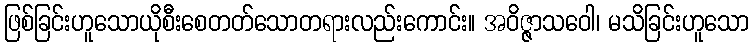
ဖြစ်ခြင်းဟူသောယိုစီးစေတတ်သောတရားလည်းကောင်း။ အဝိဇ္ဇာသဝေါ၊ မသိခြင်းဟူသော